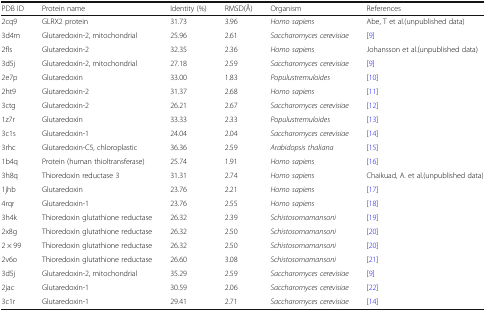
<table><thead><tr><td><b>PDB ID</b></td><td><b>Protein name</b></td><td><b>Identity (%)</b></td><td><b>RMSD(Å)</b></td><td><b>Organism</b></td><td><b>References</b></td></tr></thead><tbody><tr><td>2cq9</td><td>GLRX2 protein</td><td>31.73</td><td>3.96</td><td><i>Homo sapiens</i></td><td>Abe, T et al.(unpublished data)</td></tr><tr><td>3d4m</td><td>Glutaredoxin-2, mitochondrial</td><td>25.96</td><td>2.61</td><td><i>Saccharomyces cerevisiae</i></td><td>[9]</td></tr><tr><td>2fls</td><td>Glutaredoxin-2</td><td>32.35</td><td>2.36</td><td><i>Homo sapiens</i></td><td>Johansson et al.(unpublished data)</td></tr><tr><td>3d5j</td><td>Glutaredoxin-2, mitochondrial</td><td>27.18</td><td>2.59</td><td><i>Saccharomyces cerevisiae</i></td><td>[9]</td></tr><tr><td>2e7p</td><td>Glutaredoxin</td><td>33.00</td><td>1.83</td><td><i>Populustremuloides</i></td><td>[10]</td></tr><tr><td>2ht9</td><td>Glutaredoxin-2</td><td>31.37</td><td>2.68</td><td><i>Homo sapiens</i></td><td>[11]</td></tr><tr><td>3ctg</td><td>Glutaredoxin-2</td><td>26.21</td><td>2.67</td><td><i>Saccharomyces cerevisiae</i></td><td>[12]</td></tr><tr><td>1z7r</td><td>Glutaredoxin</td><td>33.33</td><td>2.33</td><td><i>Populustremuloides</i></td><td>[13]</td></tr><tr><td>3c1s</td><td>Glutaredoxin-1</td><td>24.04</td><td>2.04</td><td><i>Saccharomyces cerevisiae</i></td><td>[14]</td></tr><tr><td>3rhc</td><td>Glutaredoxin-C5, chloroplastic</td><td>36.36</td><td>2.59</td><td><i>Arabidopsis thaliana</i></td><td>[15]</td></tr><tr><td>1b4q</td><td>Protein (human thioltransferase)</td><td>25.74</td><td>1.91</td><td><i>Homo sapiens</i></td><td>[16]</td></tr><tr><td>3h8q</td><td>Thioredoxin reductase 3</td><td>31.31</td><td>2.74</td><td><i>Homo sapiens</i></td><td>Chaikuad, A. et al.(unpublished data)</td></tr><tr><td>1jhb</td><td>Glutaredoxin</td><td>23.76</td><td>2.21</td><td><i>Homo sapiens</i></td><td>[17]</td></tr><tr><td>4rqr</td><td>Glutaredoxin-1</td><td>23.76</td><td>2.55</td><td><i>Homo sapiens</i></td><td>[18]</td></tr><tr><td>3h4k</td><td>Thioredoxin glutathione reductase</td><td>26.32</td><td>2.39</td><td><i>Schistosomamansoni</i></td><td>[19]</td></tr><tr><td>2x8g</td><td>Thioredoxin glutathione reductase</td><td>26.32</td><td>2.50</td><td><i>Schistosomamansoni</i></td><td>[20]</td></tr><tr><td>2 × 99</td><td>Thioredoxin glutathione reductase</td><td>26.32</td><td>2.50</td><td><i>Schistosomamansoni</i></td><td>[20]</td></tr><tr><td>2v6o</td><td>Thioredoxin glutathione reductase</td><td>26.60</td><td>3.08</td><td><i>Schistosomamansoni</i></td><td>[21]</td></tr><tr><td>3d5j</td><td>Glutaredoxin-2, mitochondrial</td><td>35.29</td><td>2.59</td><td><i>Saccharomyces cerevisiae</i></td><td>[9]</td></tr><tr><td>2jac</td><td>Glutaredoxin-1</td><td>30.59</td><td>2.06</td><td><i>Saccharomyces cerevisiae</i></td><td>[22]</td></tr><tr><td>3c1r</td><td>Glutaredoxin-1</td><td>29.41</td><td>2.71</td><td><i>Saccharomyces cerevisiae</i></td><td>[14]</td></tr></tbody></table>